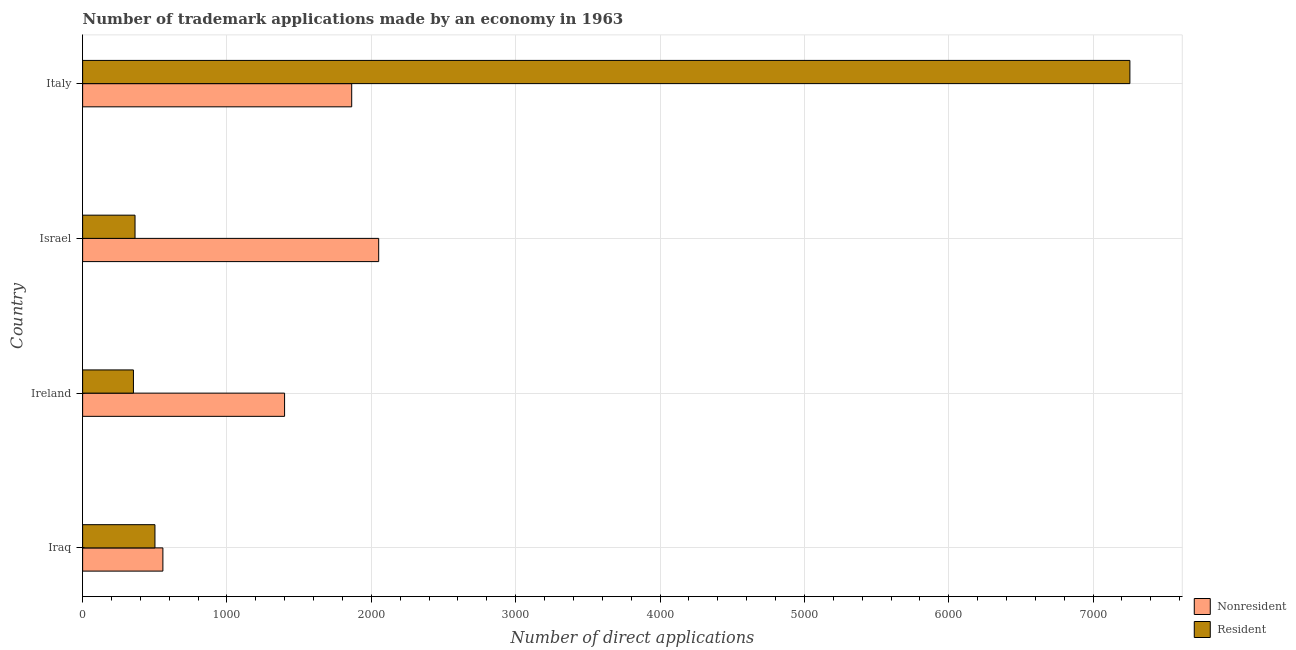
| Country | Nonresident | Resident |
 | --- | --- | --- |
 | Iraq | 556 | 501 |
 | Ireland | 1.4e+03 | 352 |
 | Israel | 2.05e+03 | 363 |
 | Italy | 1.86e+03 | 7.26e+03 |